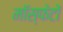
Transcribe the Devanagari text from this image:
मॉस्फेटों